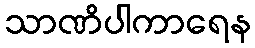
သာဏိပါကာရေန